Report of the Indian Hemp Drugs Commission, 1894-1895 - Volume VII
Year: 1894
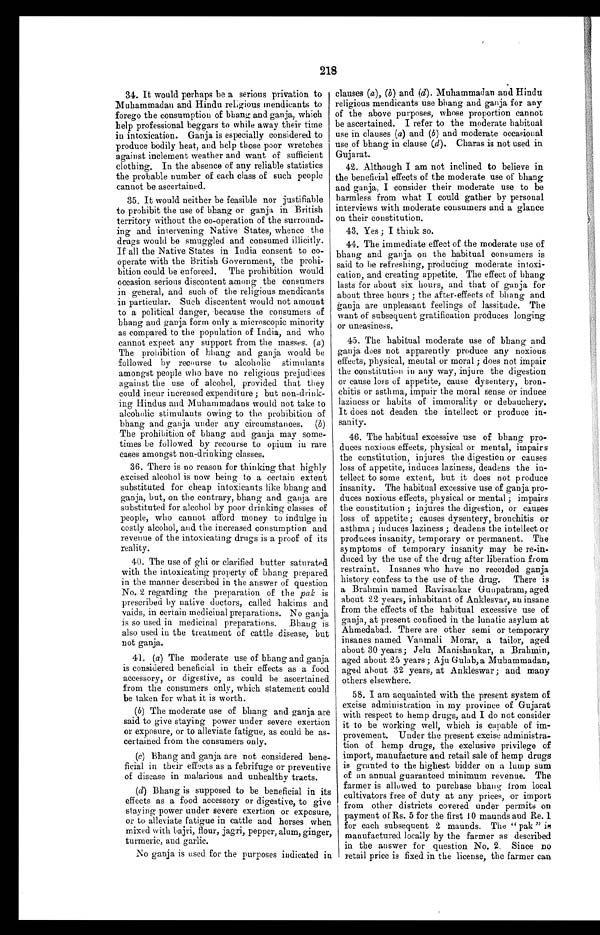
218
34. It would perhaps be a serious privation to
Muhammadan and Hindu religious mendicants to
forego the consumption of bhang and ganja, which
help professional beggars to while away their time
in intoxication. Ganja is especially considered to
produce bodily heat, and help those poor wretches
against inclement weather and want of sufficient
clothing. In the absence of any reliable statistics
the probable number of each class of such people
cannot be ascertained.
35. It would neither be feasible nor justifiable
to prohibit the use of bhang or ganja in British
territory without the co-operation of the surround-
ing and intervening Native States, whence the
drugs would be smuggled and consumed illicitly.
If all the Native States in India consent to co-
operate with the British Government, the prohi-
bition could be enforced. The prohibition would
occasion serious discontent among the consumers
in general, and such of the religious mendicants
in particular. Such discentent would not amount
to a political danger, because the consumers of
bhang and ganja form only a microscopic minority
as compared to the population of India, and who
cannot expect any support from the masses. ( a)
The prohibition of bhang and ganja would be
followed by recourse to alcoholic stimulants
amongst people who have no religious prejudices
against the use of alcohol, provided that they
could incur increased expenditure; but non-drink-
ing Hindus and Muhammadans would not take to
alcoholic stimulants owing to the prohibition of
bhang and ganja under any circumstances. (b)
The prohibition of bhang and ganja may some-
times be followed by recourse to opium in rare
cases amongst non-drinking classes.
36. There is no reason for thinking that highly
excised alcohol is now being to a certain extent
substituted for cheap intoxicants like bhang and
ganja, but, on the contrary, bhang and ganja are
substituted for alcohol by poor drinking classes of
people, who cannot afford money to indulge in
costly alcohol, and the increased consumption and
revenue of the intoxicating drugs is a proof of its
reality.
40. The use of ghi or clarified butter saturated
with the intoxicating property of bhang prepared
in the manner described in the .answer of question
No. 2 regarding the preparation of the pak is
prescribed by native doctors, called hakims and
vaids, in certain medicinal preparations. No ganja
is so used in medicinal preparations. Bhang is
also used in the treatment of cattle disease, but
not ganja.
41. ( a ) The moderate use of bhang and ganja
is considered beneficial in their effects as a food
accessory, or digestive, as could be ascertained
from the consumers only, which statement could
be taken for what it is worth.
(b) The moderate use of bhang and ganja are
said to give staying power under severe exertion
or exposure, or to alleviate fatigue, as could be as-
certained from the consumers only.
(c) Bhang and ganja are not considered bene-
ficial in their effects as a febrifuge or preventive
of disease in malarious and unhealthy tracts.
(d) Bhang is supposed to be beneficial in its
effects as a food accessory or digestive, to give
staying power under severe exertion or exposure,
or to alleviate fatigue in cattle and horses when
mixed with bajri, flour, jagri, pepper, alum, ginger,
turmeric, and garlic.
No ganja is used for the purposes indicated in
clauses ( a) , (b ) and (d) . Muhammadan and Hindu
religious mendicants use bhang and ganja for any
of the above purposes, whose proportion cannot
be ascertained. I refer to the moderate habitual
use in clauses (a) and (b) and moderate occasional
use of bhang in clause (d). Charas is not used in
Gujarat.
42. Although I am not inclined to believe in
the beneficial effects of the moderate use of bhang
and ganja, I consider their moderate use to be
harmless from what I could gather by personal
interviews with moderate consumers and a glance
on their constitution.
43. Yes; I think so.
44. The immediate effect of the moderate use of
bhang and ganja on the habitual consumers is
said to be refreshing, producing moderate intoxi-
cation, and creating appetite. The effect of bhang
lasts for about six hours, and that of ganja for
about three hours ; the after-effects of bhang and
ganja are unpleasant feelings of lassitude. The
want of subsequent gratification produces longing
or uneasiness.
45. The habitual moderate use of bhang and
ganja does not apparently produce any noxious
effects, physical, mental or moral ; does not impair
the constitution in any way, injure the digestion
or cause loss of appetite, cause dysentery, bron-
chitis or asthma, impair the moral sense or induce
laziness or habits of immorality or debauchery.
It does not deaden the intellect or produce in-
sanity.
46. The habitual excessive use of bhang pro-
duces noxious effects, physical or mental, impairs
the constitution, injures the digestion or causes
loss of appetite, induces laziness, deadens the in-
tellect to some extent, but it does not produce
insanity. The habitual excessive use of ganja prof-
duces noxious effects, physical or mental ; impairs
the constitution ; injures the digestion, or causes
loss of appetite; causes dysentery, bronchitis or
asthma ; induces laziness ; deadens the intellect or
produces insanity, temporary or permanent. The
symptoms of temporary insanity may be re-in-
duced by the use of the drug after liberation from
restraint, Insane who have no recorded ganja
history confess to the use of the drug. There is
a Brahmin named Ravisankar Gunpatram, aged
about 22 years, inhabitant of Anklesvar, au insane
from the effects of the habitual excessive use of
ganja, at present confined in the lunatic asylum at
Ahmedabad. There are other semi or temporary
insanes named Vanmali Morar, a tailor, aged
about 30 years; Jelu Manishankar, a Brahmin,
aged about 25 years ; Aju Gulab,a Muhammadan,
aged about 32 years, at Ankleswar; and many
others elsewhere.
58. I am acquainted with the present system of
excise administration in my province of Gujarat
with respect to hemp drugs, and I do not consider
it to be working well, which is capable of im-
provement. Under the present excise administra-
tion of hemp drugs, the exclusive privilege of
import, manufacture and retail sale of hemp drugs
is granted to the highest bidder on a lump sum
of an annual guaranteed minimum revenue. The
farmer is allowed to purchase bhang from local
cultivators free of duty at any prices, or import
from other districts covered under permits on
payment of Rs. 5 for the first 10 maunds and Re. 1
for each subsequent 2 maunds. The " pak " is
manufactured locally by the farmer as described
in the answer for question No. 2. Since no
F e t a i l p r i c e i s f i x e d i n t h e l i c e n s e , t h e f a r m e r c a n